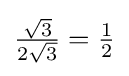
{\textstyle {\frac {\sqrt {3}}{2{\sqrt {3}}}}={\frac {1}{2}}}